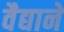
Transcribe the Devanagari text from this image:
वैद्यानें